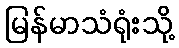
မြန်မာသံရုံးသို့